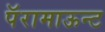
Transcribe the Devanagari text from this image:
पॅरामाऊन्ट